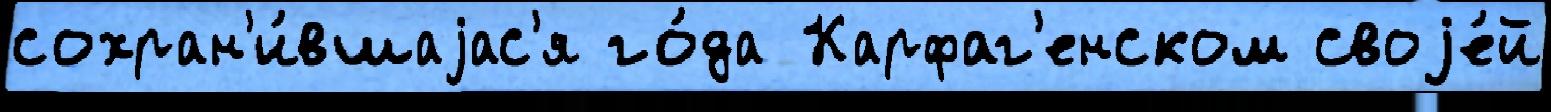
сохран'и́вшаjас'я го́да Карфаг'енском своjе́й